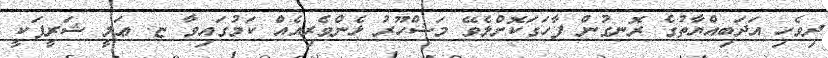
ދިވެހި އަދަބިއްޔާތުގެ ރޮނގުން ފާހަގަކޮށްލެވޭ މަޝްހޫރު ޅެންވެރިއެއް ކަމުގައިވާ ޏ. ޢަލީ ޝަރީފަކީ